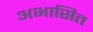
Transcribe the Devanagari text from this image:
अभासित